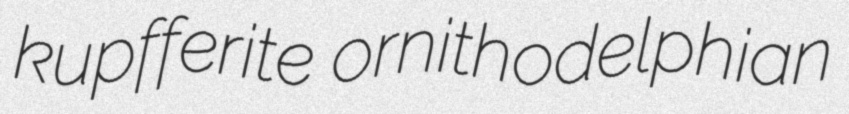
kupfferite ornithodelphian